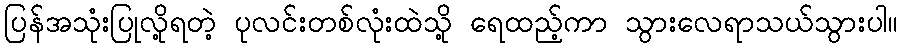
ပြန်အသုံးပြုလို့ရတဲ့ ပုလင်းတစ်လုံးထဲသို့ ရေထည့်ကာ သွားလေရာသယ်သွားပါ။